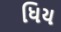
ધિય